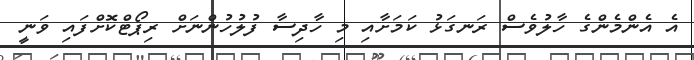
އެ އެންމެންގެ ހާލުވެސް ރަނގަޅު ކަމަށާއި މި ހާދިސާ ފުލުހުންނަށް ރިޕޯޓްކޮށްފައި ވަނީ